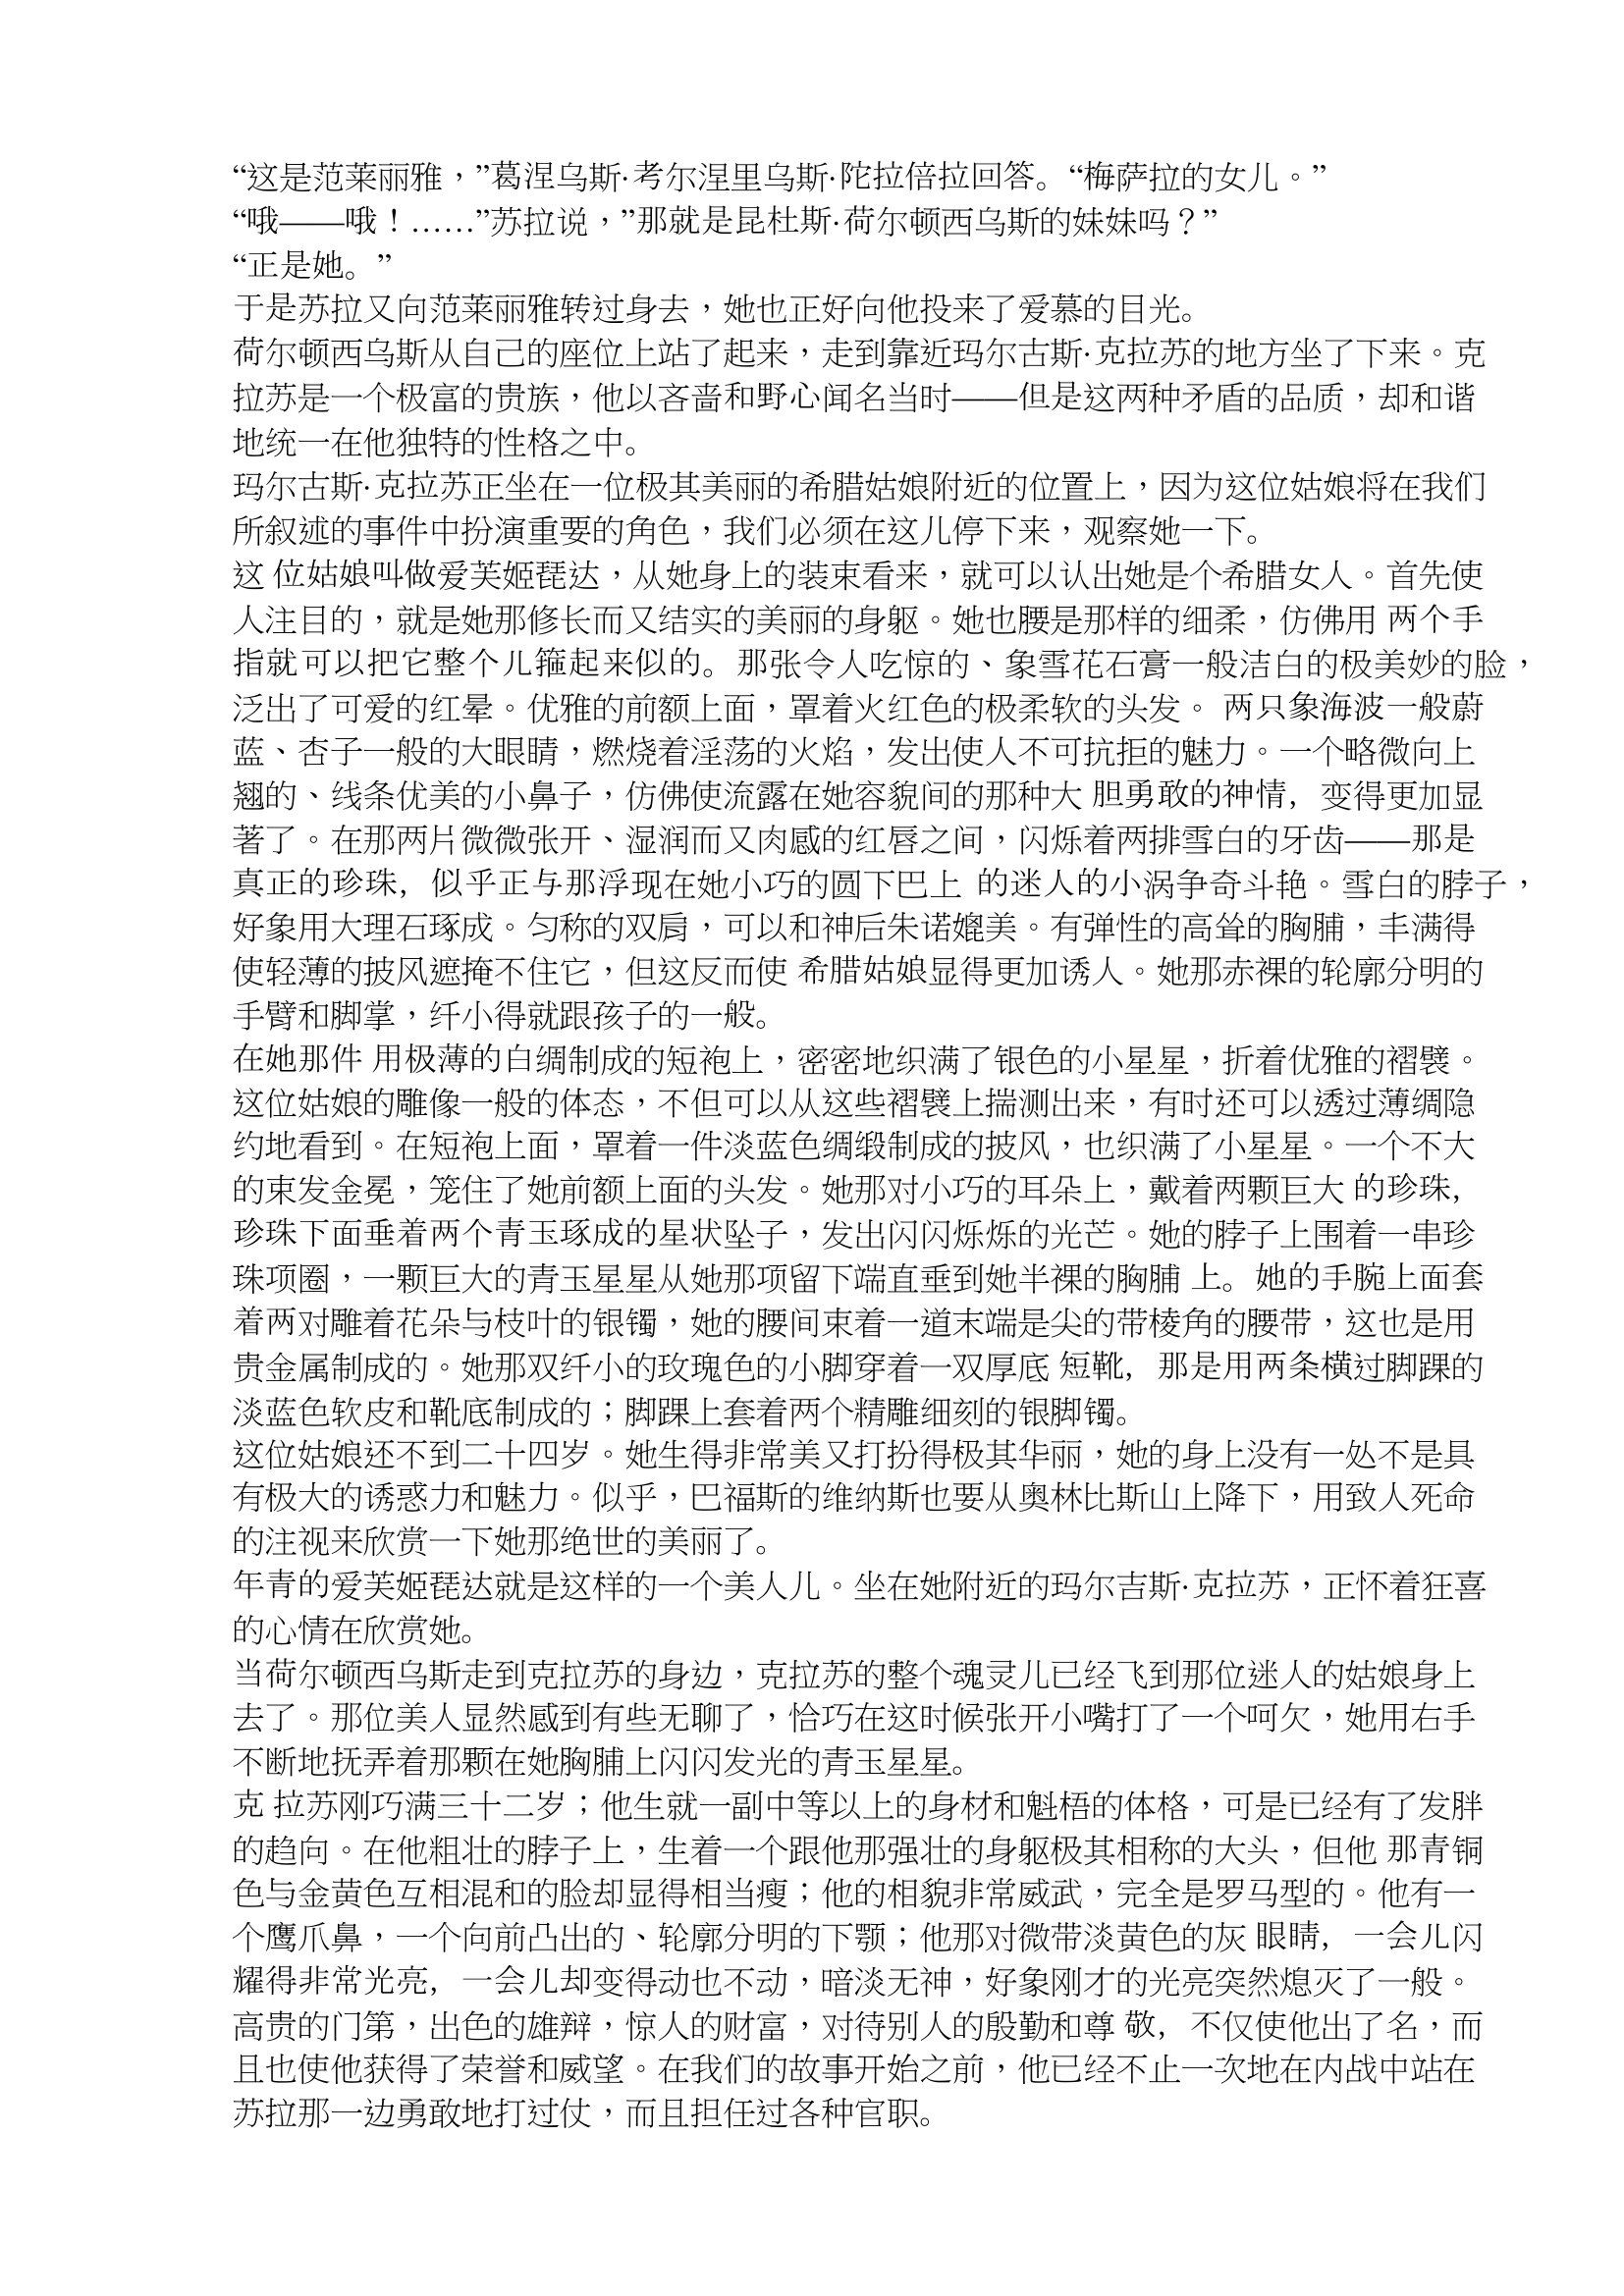
Language: zh